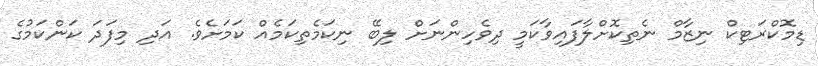
ޑިމޮކްރަޓިކް ނިޒާމް ނެތިކޮށްލާފައިވާކަމީ ދިވެހިންނަށް ލިބޭ ނިކަމެތިކަމެއް ކަމަށެވެ. އަދި މިފަދަ ކަންކަމުގެ